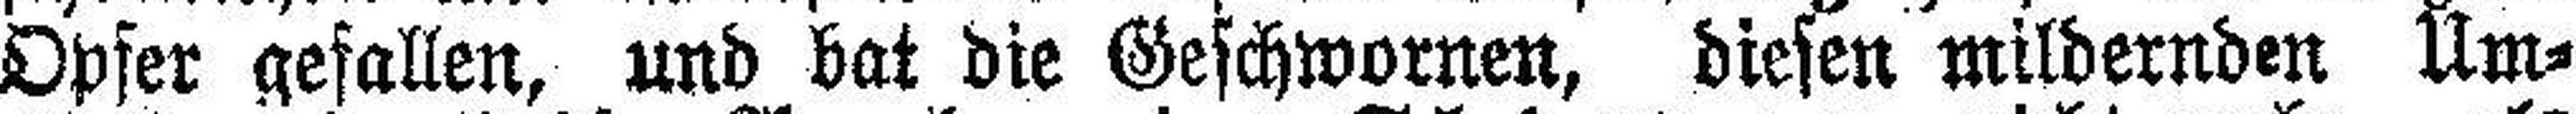
Opfer gefallen, und bat die Geschwornen, diesen mildernden Um¬